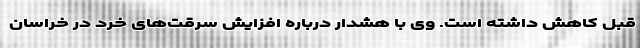
قبل کاهش داشته است. وی با هشدار درباره افزایش سرقت‌های خرد در خراسان